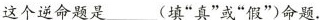
这个逆命题是___(填“真”或“假”)命题。